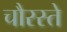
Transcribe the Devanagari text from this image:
चौरस्ते